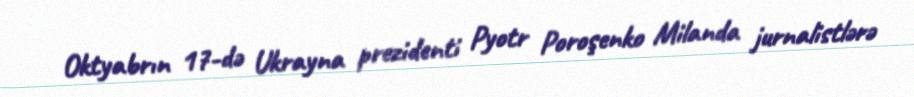
Oktyabrın 17-də Ukrayna prezidenti Pyotr Poroşenko Milanda jurnalistlərə